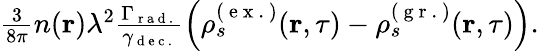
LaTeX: \begin{array}{r}{\frac{3}{8\pi}n(\textbf{r})\lambda^{2}\frac{\Gamma_{\mathrm{~r~a~d~.~}}}{\gamma_{\mathrm{~d~e~c~.~}}}\left(\rho_{s}^{(\mathrm{~e~x~.~})}(\textbf{r},\tau)-\rho_{s}^{(\mathrm{~g~r~.~})}(\textbf{r},\tau)\right).}\end{array}